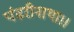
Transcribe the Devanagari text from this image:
पंढरीनाथा।।